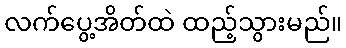
လက်ပွေ့အိတ်ထဲ ထည့်သွားမည်။